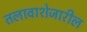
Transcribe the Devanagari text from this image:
तलावाशेजारील